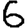
Digit: 6